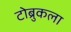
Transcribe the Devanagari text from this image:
टोब्रुकला